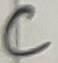
Text: C